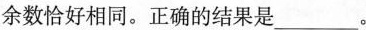
余数恰好相同。正确的结果是___。